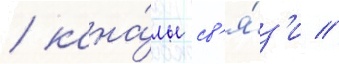
/ кана́лы св'я́з'и /